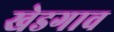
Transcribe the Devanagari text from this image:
खेडगाव